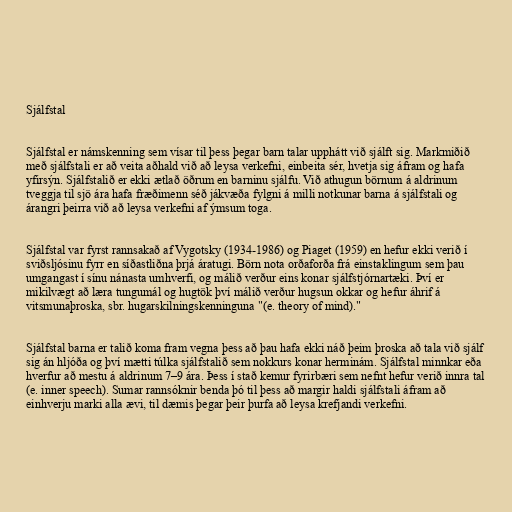
Sjálfstal

Sjálfstal er námskenning sem vísar til þess þegar barn talar upphátt við sjálft sig. Markmiðið
með sjálfstali er að veita aðhald við að leysa verkefni, einbeita sér, hvetja sig áfram og hafa
yfirsýn. Sjálfstalið er ekki ætlað öðrum en barninu sjálfu. Við athugun börnum á aldrinum
tveggja til sjö ára hafa fræðimenn séð jákvæða fylgni á milli notkunar barna á sjálfstali og
árangri þeirra við að leysa verkefni af ýmsum toga.

Sjálfstal var fyrst rannsakað af Vygotsky (1934-1986) og Piaget (1959) en hefur ekki verið í
sviðsljósinu fyrr en síðastliðna þrjá áratugi. Börn nota orðaforða frá einstaklingum sem þau
umgangast í sínu nánasta umhverfi, og málið verður eins konar sjálfstjórnartæki. Því er
mikilvægt að læra tungumál og hugtök því málið verður hugsun okkar og hefur áhrif á
vitsmunaþroska, sbr. hugarskilningskenninguna "(e. theory of mind)."

Sjálfstal barna er talið koma fram vegna þess að þau hafa ekki náð þeim þroska að tala við sjálf
sig án hljóða og því mætti túlka sjálfstalið sem nokkurs konar herminám. Sjálfstal minnkar eða
hverfur að mestu á aldrinum 7–9 ára. Þess í stað kemur fyrirbæri sem nefnt hefur verið innra tal
(e. inner speech). Sumar rannsóknir benda þó til þess að margir haldi sjálfstali áfram að
einhverju marki alla ævi, til dæmis þegar þeir þurfa að leysa krefjandi verkefni.